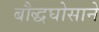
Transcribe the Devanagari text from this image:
बौद्धघोसाने